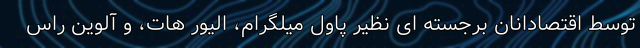
توسط اقتصادانان برجسته ای نظیر پاول میلگرام، الیور هات، و آلوین راس